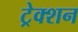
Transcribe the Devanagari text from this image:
ट्रेक्शन